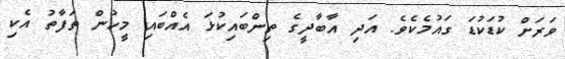
ވަރަށް ކުޑަކުޑަ ގައުމެކެވެ. އަދި އާބާދީގެ ތިންބައިކުޅަ އެއްބައި މީހުން ތަފާތު އެކި